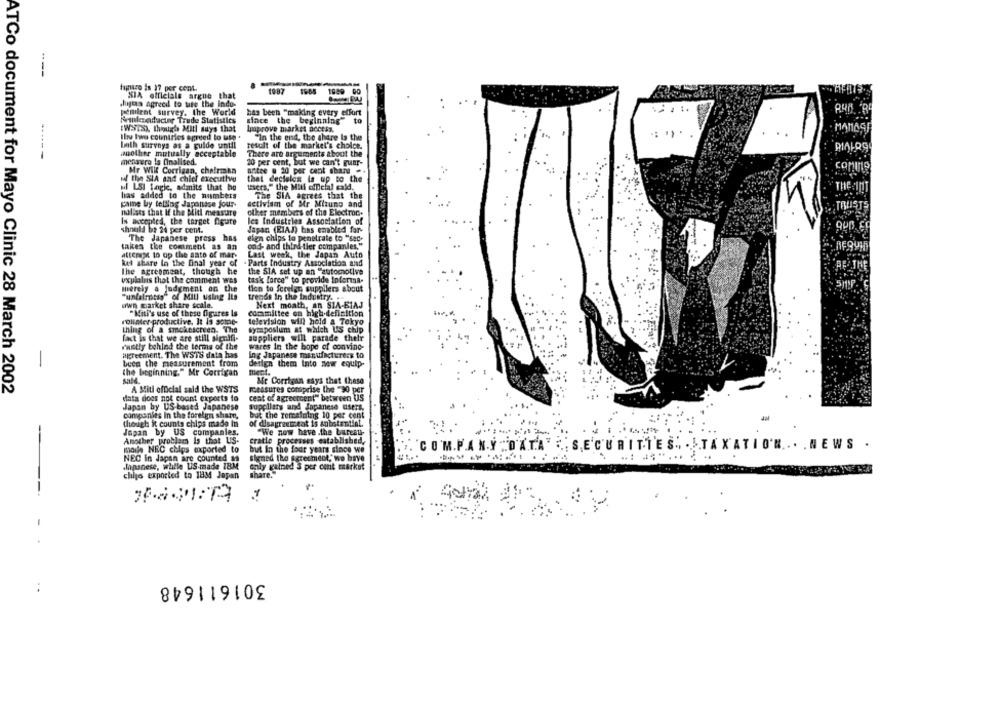
Image is 17 per cent.
1987
1964
1089 00
SIA officials argue that
hijga agreed to use the indo-
Penitrat survey. the World
has been "making every effort
Aruleseubacter Trude Statistics
since the beginning" to
EWSTS), though Mitl suya that
Improve market access.
MANASE
the two countries agreed to use +
"In the end, the share Is the
both surveys as a guide until
result of the market's choice.
------
another mutually acceptable
There are arguments about the
menarero ls finalised.
20 per cent, but we can't guar-
Mr Will Corrigan, chairman
antee @ 20 per cent share -
Prine
ul the SIA and chief executive
that decielos is up to the
ul LSI fagie, admits that he
users," the Mill conelal cald.
has added to the numbers
The SIA agrees that the
paine by telling Japonise jour-
activism of Mr Mizuno and
TOUSTS
nolists that if the blitt measure
other members of the Electron ..
Is accepted, the target figure
les Industries Association of
should be 24 per cent.
Japan (EIAJ) has enabled for-
The Japanese prass has
elen chips to penetrate to "sec-
takes the comment as an
ond- and third-tier companies,"
atterest to op the sato of mar-
Last week, the Japan Auto
ket share in the final year of
- Parts Industry Association and
BE THE
The agreement, though he
the SIA set up an "automotive
explains that the comment was
task force" to provide informa-
merely a judgment on the
tion to foreign, suppliers about
"undalmess" of Mill using Its
trends In the industry.
wwn market share scale.
Next moath, an SIA-EIAJ
"Mitl's use of these figures Is
committee on high-definition
rolinter-productive. It is some-
television will hold a Tokyo
thing of a smokescreen. "The
symposium at which US chip
fact is that we are still signifi-
suppliers will parade their
vastly behind the terms of the
wares In the bope of convino-
agreement. The WSTS data has
ing Japanese manufacturers to
-
been the measurement from
derlen them Into new equip-
the beginning." Mr Corrigan
ment.
salt.
Mr Corrigan says that these
ATCo document for Mayo Clinic 28 March 2002
A Miti official sald the WSTS
measures comprise the "90 per
data doos nok count exports to
cent of agreencent" between US
Japan by US-based Japanese
Suppliers and Japanese users.
companies In the foreign share,
but the remaining 10 per cent
tibrigh it counts chips made in
of disagreement is substantinl.
"We now have .the bureau-
Japan by US companies,
Another problem Is that US-
cratie processes established,
COM.P.ANY " DATA" :
.NEWS .
mails NEC chips exported to
but in the four years since we
. SECURITIES""
STAXAT
NEC in Japan are counted as
signed the agreement,' we have
...
Japanese, whille US made IBM
only gained 3 per cent market
chips exported to 1834 Japan
share.
301611648